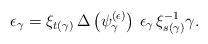
LaTeX: \begin{align*}\epsilon_{\gamma} = \xi_{t(\gamma)} \, \Delta \left( \psi_{\gamma}^{(\epsilon)} \right) \, \epsilon_{\gamma} \, \xi_{s(\gamma)}^{-1} \gamma.\end{align*}